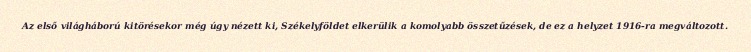
Az első világháború kitörésekor még úgy nézett ki, Székelyföldet elkerülik a komolyabb összetűzések, de ez a helyzet 1916-ra megváltozott.